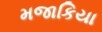
મજાકિયા